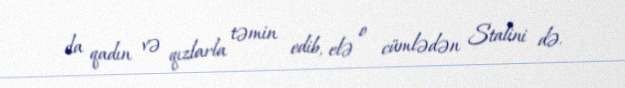
da qadın və qızlarla təmin edib, elə o cümlədən Stalini də.